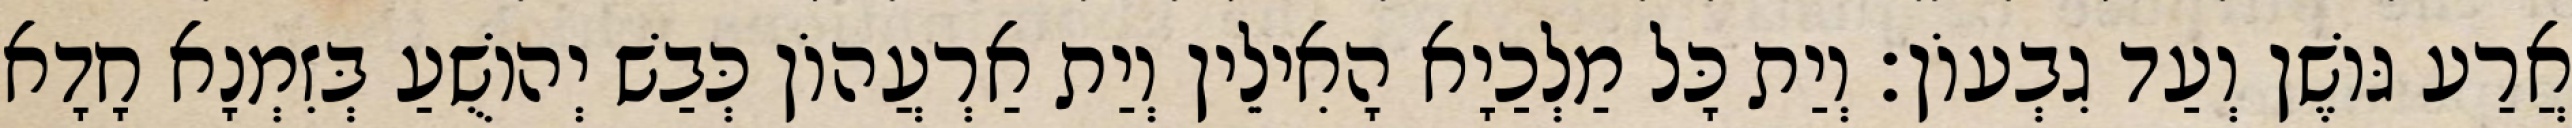
אֲרַע גּוֹשֶׁן וְעַד גִבְעוֹן׃ וְיַת כָּל מַלְכַיָא הָאִילֵין וְיַת אַרְעֲהוֹן כְּבַשׁ יְהוֹשֻׁעַ בְּזִמְנָא חָדָא